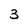
Character: 3